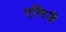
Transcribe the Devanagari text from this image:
एलिज़े